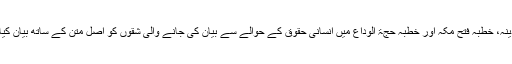
میثاق مدینہ، خطبہ فتح مکہ اور خطبہ حجۃ الوداع میں انسانی حقوق کے حوالے سے بیان کی جانے والی شقوں کو اصل متن کے ساتھ بیان کیا گیا ہے۔